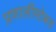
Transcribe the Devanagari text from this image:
प्रणालींसोबत